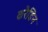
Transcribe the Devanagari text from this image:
करैडिन